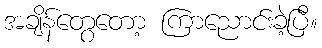
အချိန်တွေတော့ ကြာညောင်းခဲ့ပြီ။